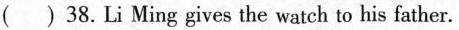
( ) 38. Li Ming gives the watch to his father.